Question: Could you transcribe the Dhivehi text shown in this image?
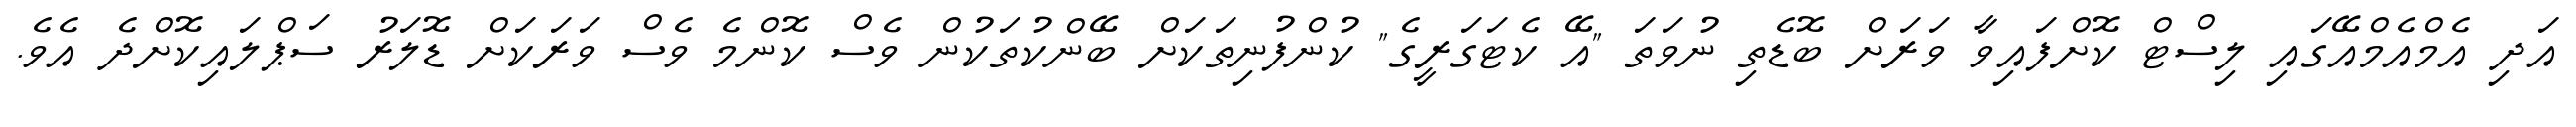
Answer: އަދި އެމްއެމްއޭގައި ލިސްޓް ކޮށްފައިވާ ވަރަށް ބޮޑެތި ނުވަތަ "އޭ ކެޓަގަރީގެ" ކުންފުނިތަކަށް ބޭންކުތަކުން ވެސް ކޮންމެ ވެސް ވަރަކަށް ޑޮލަރު ސަޕްލައިކޮށްދެ އެވެ.